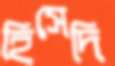
হিসেদি